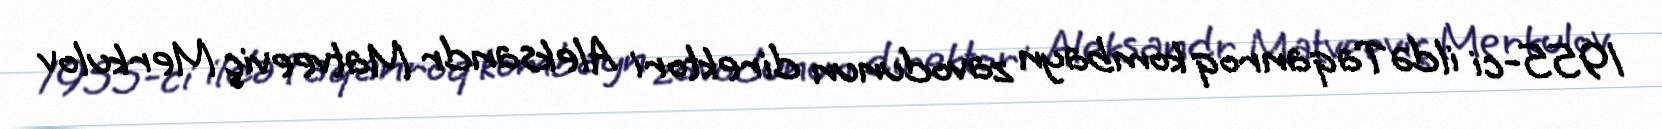
1955-ci ildə Taqanroq kombayn zavodunun direktori Aleksandr Matveeviç Merkulov